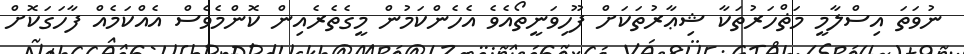
ނުވަތަ އިސްލާމީ މަޡްހަރުތަކާ ޝިޢާރުތަކަށް ފޫހިވަނީތޯއެވެ އެހެންކަމުން މީގެތެރެއިން ކޮންމެވެސް އެއްކަމެއް ފާހަގަކޮށް